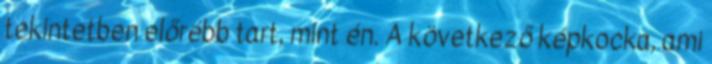
tekintetben előrébb tart, mint én. A következő képkocka, ami